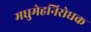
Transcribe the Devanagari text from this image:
मधुमेहनिरोधक